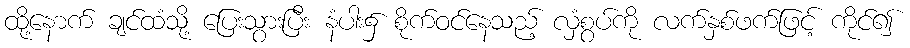
ထို့နောက် ချင်ထံသို့ ပြေးသွားပြီး နံပါး၌ စိုက်ဝင်နေသည့် လှံစွပ်ကို လက်နှစ်ဖက်ဖြင့် ကိုင်၍